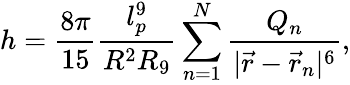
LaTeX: h=\frac{8\pi}{15}\frac{l_{p}^{9}}{R^{2}R_{9}}\sum_{n=1}^{N}\frac{Q_{n}}{|\vec{r}-\vec{r}_{n}|^{6}},